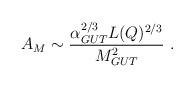
LaTeX: \begin{align*}A_{M}\sim { \alpha_{GUT}^{2/3} L(Q)^{2/3}\over M_{GUT}^2 }\ .\end{align*}